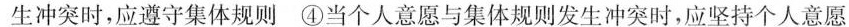
生冲突时，应遵守集体规则 ④当个人意愿与集体规则发生冲突时，应坚持个人意愿